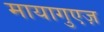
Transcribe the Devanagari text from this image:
मायागुएज़